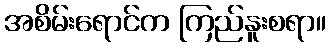
အစိမ်းရောင်က ကြည်နူးစရာ။